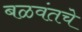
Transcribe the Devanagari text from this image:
बळवंतचे